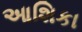
આશિકા